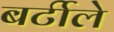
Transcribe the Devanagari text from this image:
बर्टीले